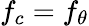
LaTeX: f_{c}=f_{\theta}